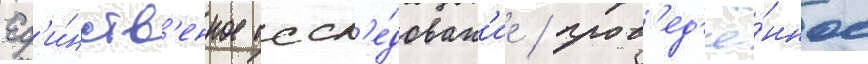
Ед'и́нств'енное иссл'е́дован'ие / пров'ед'ё́нное